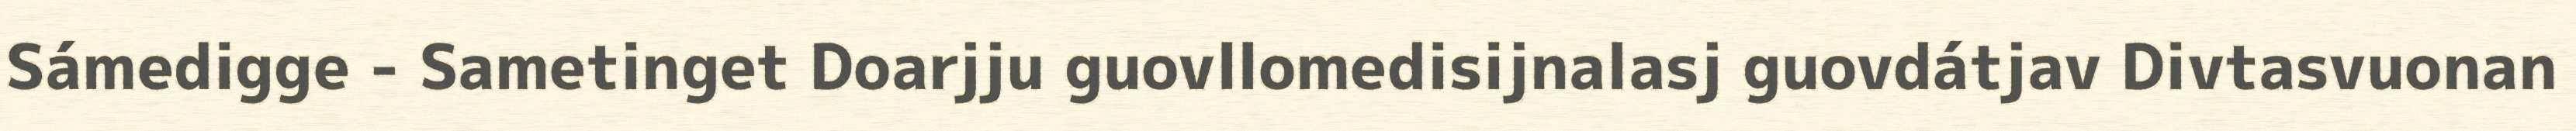
Sámedigge - Sametinget Doarjju guovllomedisijnalasj guovdátjav Divtasvuonan